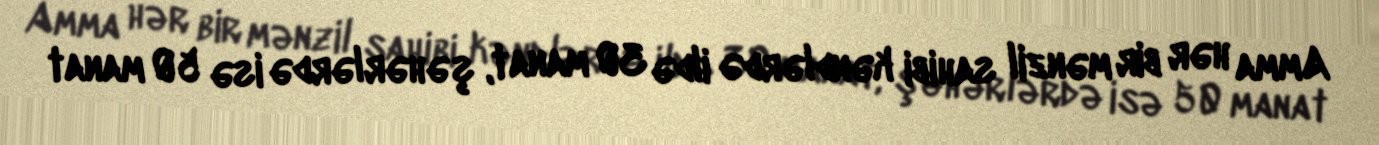
Amma hər bir mənzil sahibi kəndlərdə ildə 30 manat, şəhərlərdə isə 50 manat